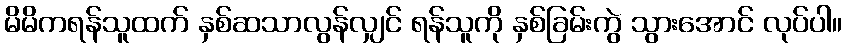
မိမိကရန်သူထက် နှစ်ဆသာလွန်လျှင် ရန်သူကို နှစ်ခြမ်းကွဲ သွားအောင် လုပ်ပါ။